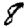
Digit: 8